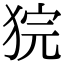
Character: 𤞵